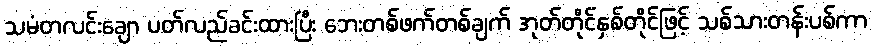
သမံတလင်းချော ပတ်လည်ခင်းထားပြီး ဘေးတစ်ဖက်တစ်ချက် အုတ်တိုင်နှစ်တိုင်ဖြင့် သစ်သားတန်းပစ်ကာ